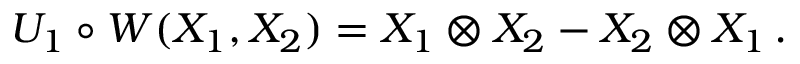
U _ { 1 } \circ W ( X _ { 1 } , X _ { 2 } ) = X _ { 1 } \otimes X _ { 2 } - X _ { 2 } \otimes X _ { 1 } \, .